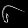
Digit: ၆